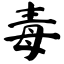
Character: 毒